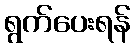
ရွက်ပေးရန်